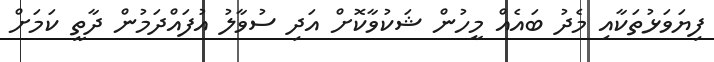
ފިޔަވަޅުތަކާއި މެދު ބައެއް މީހުން ޝަކުވާކޮށް އަދި ސުވާލު އުފައްދަމުން ދާތީ ކަމަށް